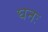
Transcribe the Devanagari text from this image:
घनः